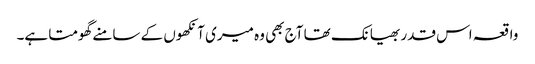
واقعہ اس قدر بھیانک تھا آج بھی وہ میری آنکھوں کے سامنے گھومتا ہے۔